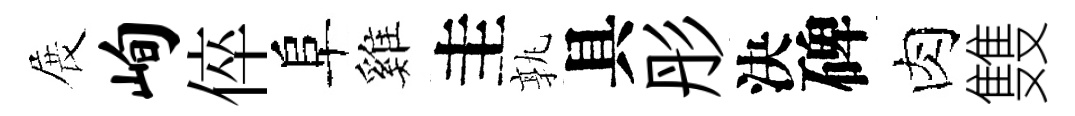
展峋倅阜雞圭孰具彤決碑肉䨇